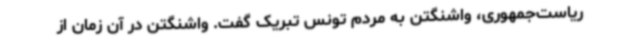
ریاست‌جمهوری، واشنگتن به مردم تونس تبریک گفت. واشنگتن در آن زمان از